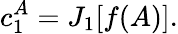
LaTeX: c_{1}^{A}=J_{1}[f(A)].